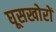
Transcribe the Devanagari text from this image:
घूसखोरों